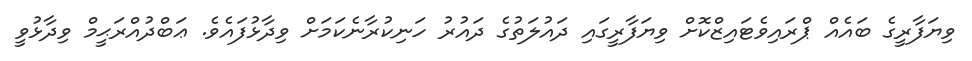
ވިޔަފާރީގެ ބައެއް ޕްރައިވެޓައިޒްކޮށް ވިޔަފާރީގައި ދައުލަތުގެ ދައުރު ހަނިކުރާނެކަމަށް ވިދާޅުފައެވެ. ޢަބްދުއްރަޙީމް ވިދާޅުވީ